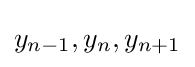
y_{n-1},y_{n},y_{n+1}